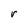
Character: r